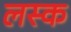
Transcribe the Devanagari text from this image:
लस्क